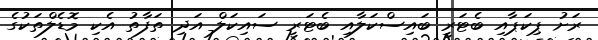
ރަށު ޕިކަޕާއި ބެޓަރީ ބައިސްކަލާއި ބެޓަރީ ސައިކަލް އަދި ތަފާތު އެކި މޮޑެލްތަކުގެ